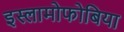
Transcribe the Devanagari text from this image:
इस्लामोफोबिया